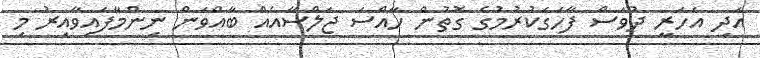
އަދި އަހަރީ ދުވަސް ފާހަގަކުރުމުގެ ގޮތުން ހާއްސަ ޖަލްސާއެއް ބާއްވަން ނިންމާފައިވާއިރު މި